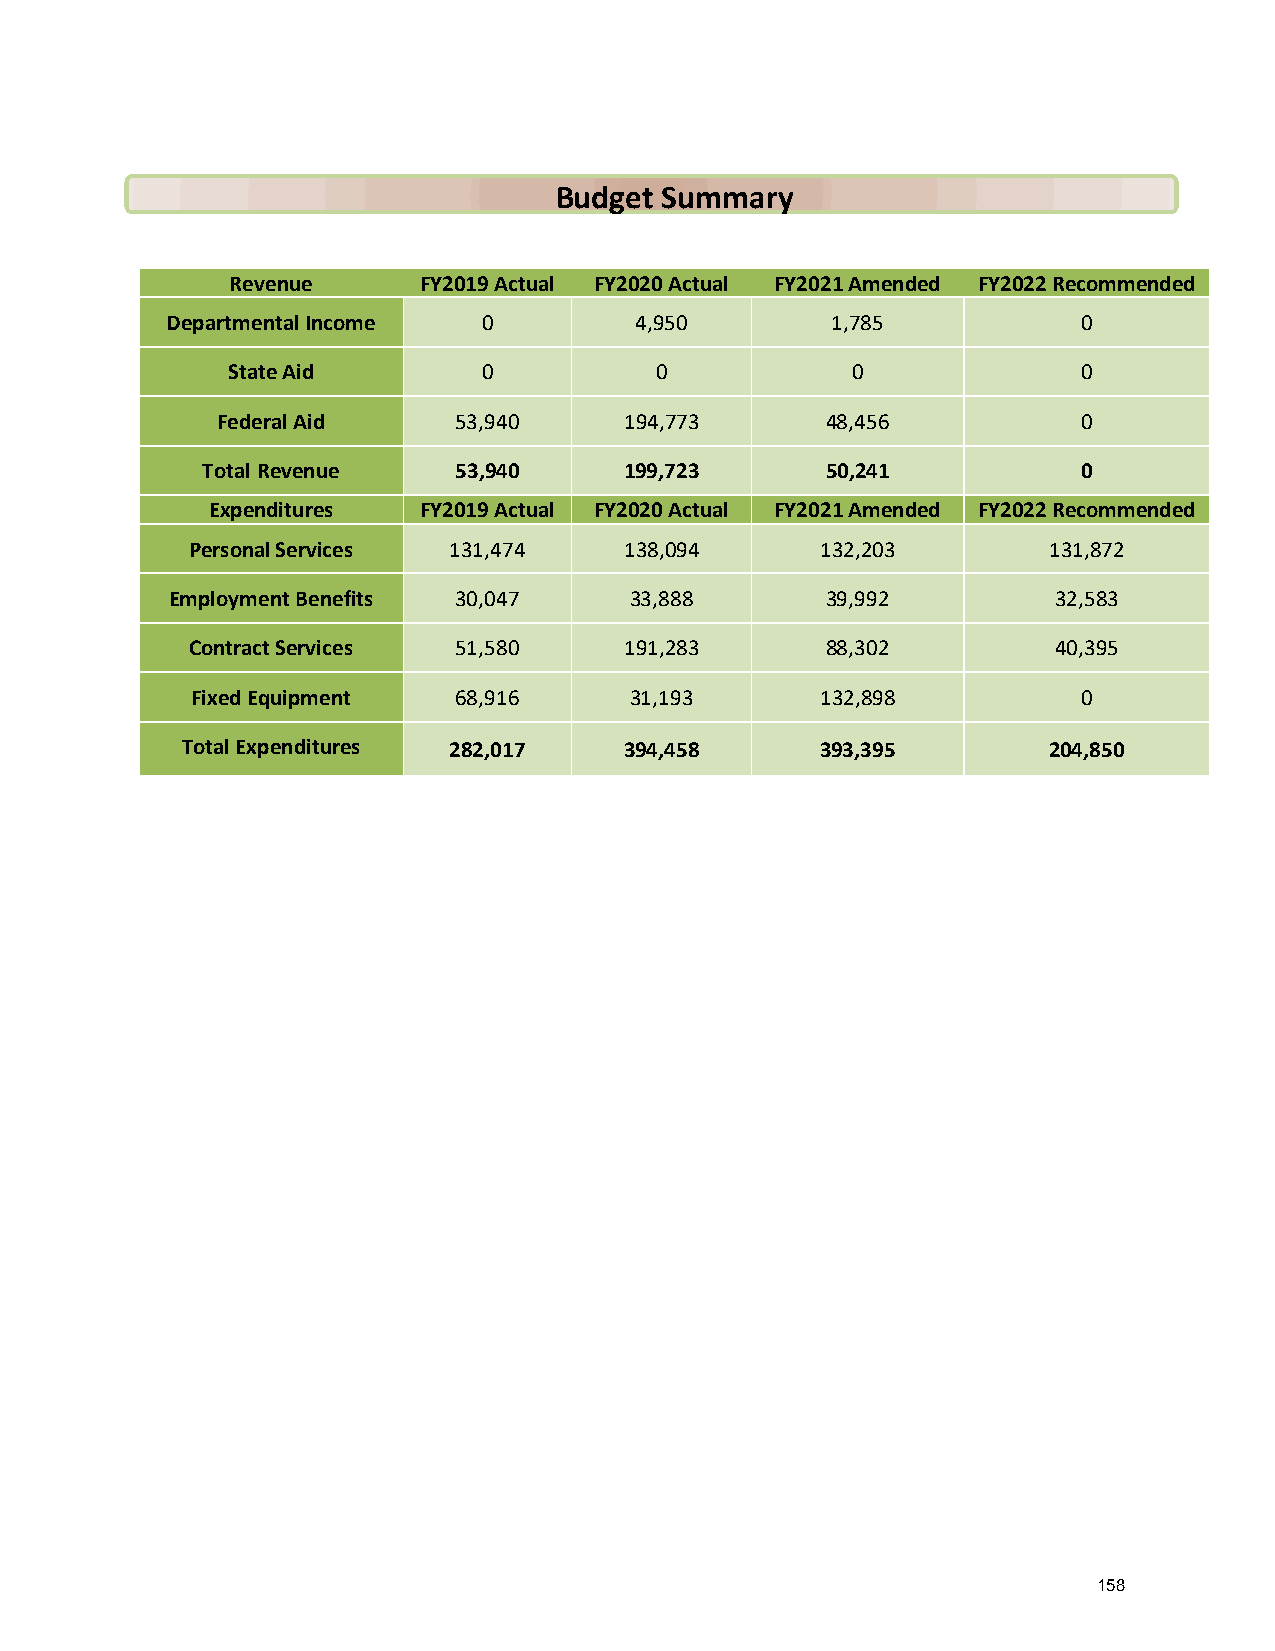
Budget Summary
 Revenue      FY2019 Actual FY2020 Actual FY2021 Amended FY2022 Recommended
 Departmental Income  0         4,950        1,785            0
 State Aid        0          0            0               0
 Federal Aid     53,940     194,773       48,456           0
 Total Revenue    53,940     199,723       50,241           0
 Expenditures  FY2019 Actual FY2020 Actual FY2021 Amended FY2022 Recommended
 Personal Services 131,474    138,094      132,203        131,872
 Employment Benefits 30,047     33,888       39,992         32,583
 Contract Services 51,580     191,283       88,302         40,395
 Fixed Equipment  68,916      31,193      132,898           0
 Total Expenditures 282,017   394,458      393,395        204,850
 158